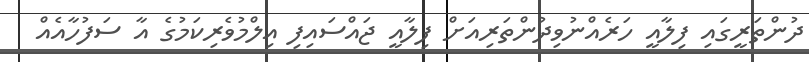
ދުންތަރީގައި ފިލާއީ ހަރެއްނުވިދުންތަރިއަށް ފިލާއީ ޖައްސައިފި އިލްމުވެރިކަމުގެ އާ ސަފުހާއެއް